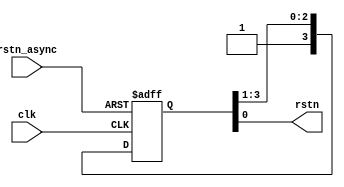

//--------------------------------------------------------------------------------------------------------
// Module  : resetn_sync
// Type    : synthesizable, IP's sub-module
// Standard: Verilog 2001 (IEEE1364-2001)
// Function: Synchronize the asynchronous reset signal to the local clock domain (asynchronous reset, synchronous release)
//           called by ftdi_245fifo.v
//--------------------------------------------------------------------------------------------------------

module resetn_sync (
    input  wire  rstn_async,
    input  wire  clk,
    output wire  rstn
);

reg [3:0] rstn_shift = 4'd0;

always @ (posedge clk or negedge rstn_async)
    if (~rstn_async)
        rstn_shift <= 4'd0;
    else
        rstn_shift <= {1'b1, rstn_shift[3:1]};

assign rstn = rstn_shift[0];

endmodule